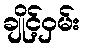
ချိုင့်ဝှမ်း